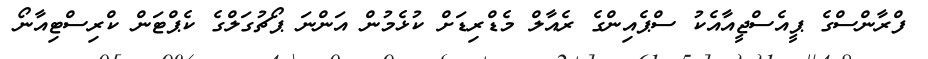
ފްރާންސްގެ ޕީއެސްޖީއާއެކު ސްޕެއިންގެ ރެއާލް މެޑްރިޑަށް ކުޅެމުން އަންނަ ޕޯޗުގަލްގެ ކެޕްޓަން ކްރިސްޓިއާނޯ